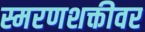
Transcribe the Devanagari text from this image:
स्मरणशक्तीवर